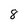
Character: 8